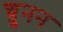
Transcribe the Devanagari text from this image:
चुनन